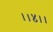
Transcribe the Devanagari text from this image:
।।४।।